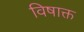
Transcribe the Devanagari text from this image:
विषाक्त